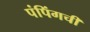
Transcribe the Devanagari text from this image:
पंपिंगची